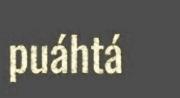
puáhtá